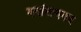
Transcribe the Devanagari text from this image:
वसंतनगर